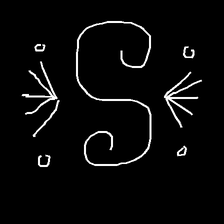
Glyph: aeroform